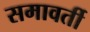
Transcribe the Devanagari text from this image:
समावर्ती